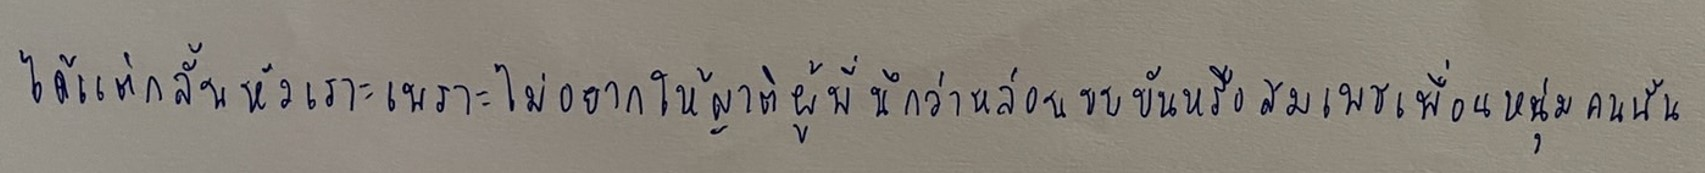
ได้แต่กลั้นหัวเราะเพราะไม่อยากให้ญาติผู้พี่นึกว่าหล่อนขบขันหรือสมเพชเพื่อนหนุ่มคนนั้น